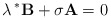
\begin{align*}\lambda\, ^{*}\mathbf{B}+ \sigma\mathbf{A}=0\end{align*}